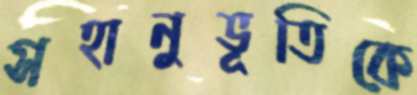
সহানুভূতিকে